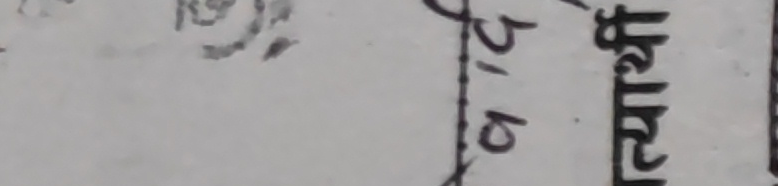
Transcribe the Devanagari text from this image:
२७ रुपै